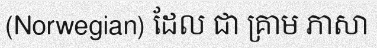
(Norwegian) ដែល ជា គ្រាម ភាសា